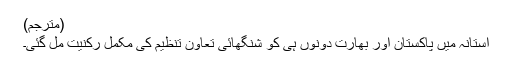
(مترجم)
آستانہ میں پاکستان اور بھارت دونوں ہی کو شنگھائی تعاون تنظیم کی مکمل رکنیت مل گئی۔